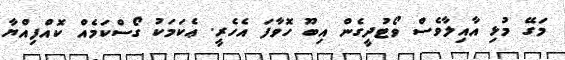
މަގޭ މުޅި އާއިލާވެސް ވޯޓުދީގެން އިބޫ ހޮވާފަ އެހެރީ. ޢެކަމަކު ގޯސްކަމެއް ކޮއްފިއްޔާ